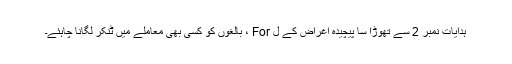
ہدایات نمبر 2 سے تھوڑا سا پیچیدہ اغراض کے ل For ، بالغوں کو کسی بھی معاملے میں ٹنکر لگانا چاہئے۔